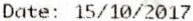
DATE: 15/10/2017